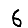
Digit: 6